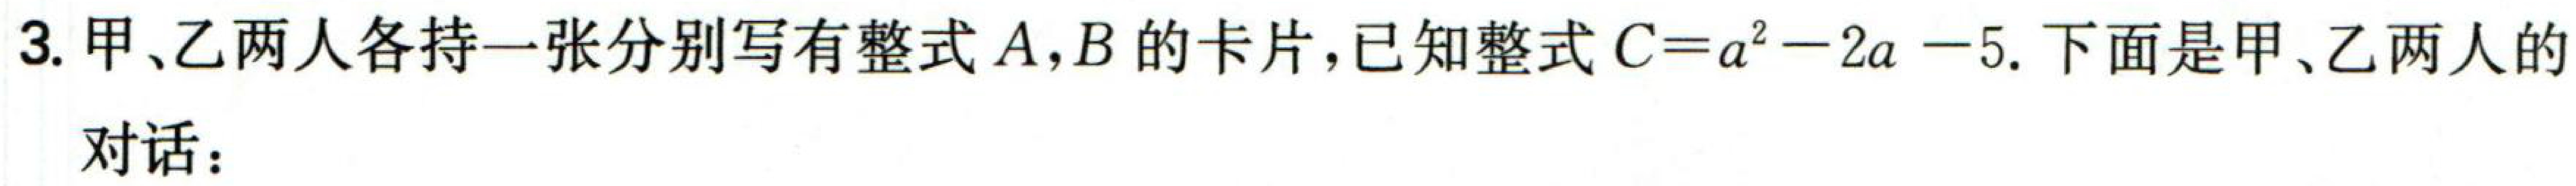
3. 甲、乙两人各持一张分别写有整式\(A,B\)的卡片，已知整式\(C = a^{2}-2a - 5\). 下面是甲、乙两人的
对话：